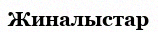
Жиналыстар